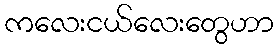
ကလေးငယ်လေးတွေဟာ